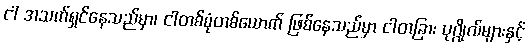
ငါ အသက်ရှင်နေသည်မှာ၊ ငါတစ်စုံတစ်ယောက် ဖြစ်နေသည်မှာ ငါတခြား ပုဂ္ဂိုလ်များနှင့်